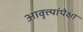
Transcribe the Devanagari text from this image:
आवृत्त्यांपेक्षा